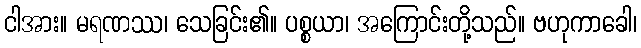
ငါအား။ မရဏဿ၊ သေခြင်း၏။ ပစ္စယာ၊ အကြောင်းတို့သည်။ ဗဟုကာခေါ၊